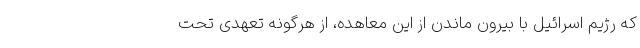
که رژیم اسرائیل با بیرون ماندن از این معاهده، از هرگونه تعهدی تحت